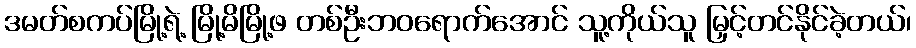
ဒမတ်စကပ်မြို့ရဲ့ မြို့မိမြို့ဖ တစ်ဦးဘဝရောက်အောင် သူ့ကိုယ်သူ မြှင့်တင်နိုင်ခဲ့တယ်၊